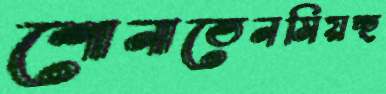
শোনাতেনমিয়চ্ছ